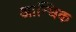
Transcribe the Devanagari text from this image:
आन्धिक